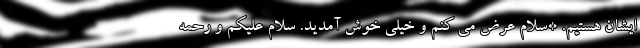
ایشان هستیم. *سلام عرض می کنم و خیلی خوش آمدید. سلام علیکم و رحمه